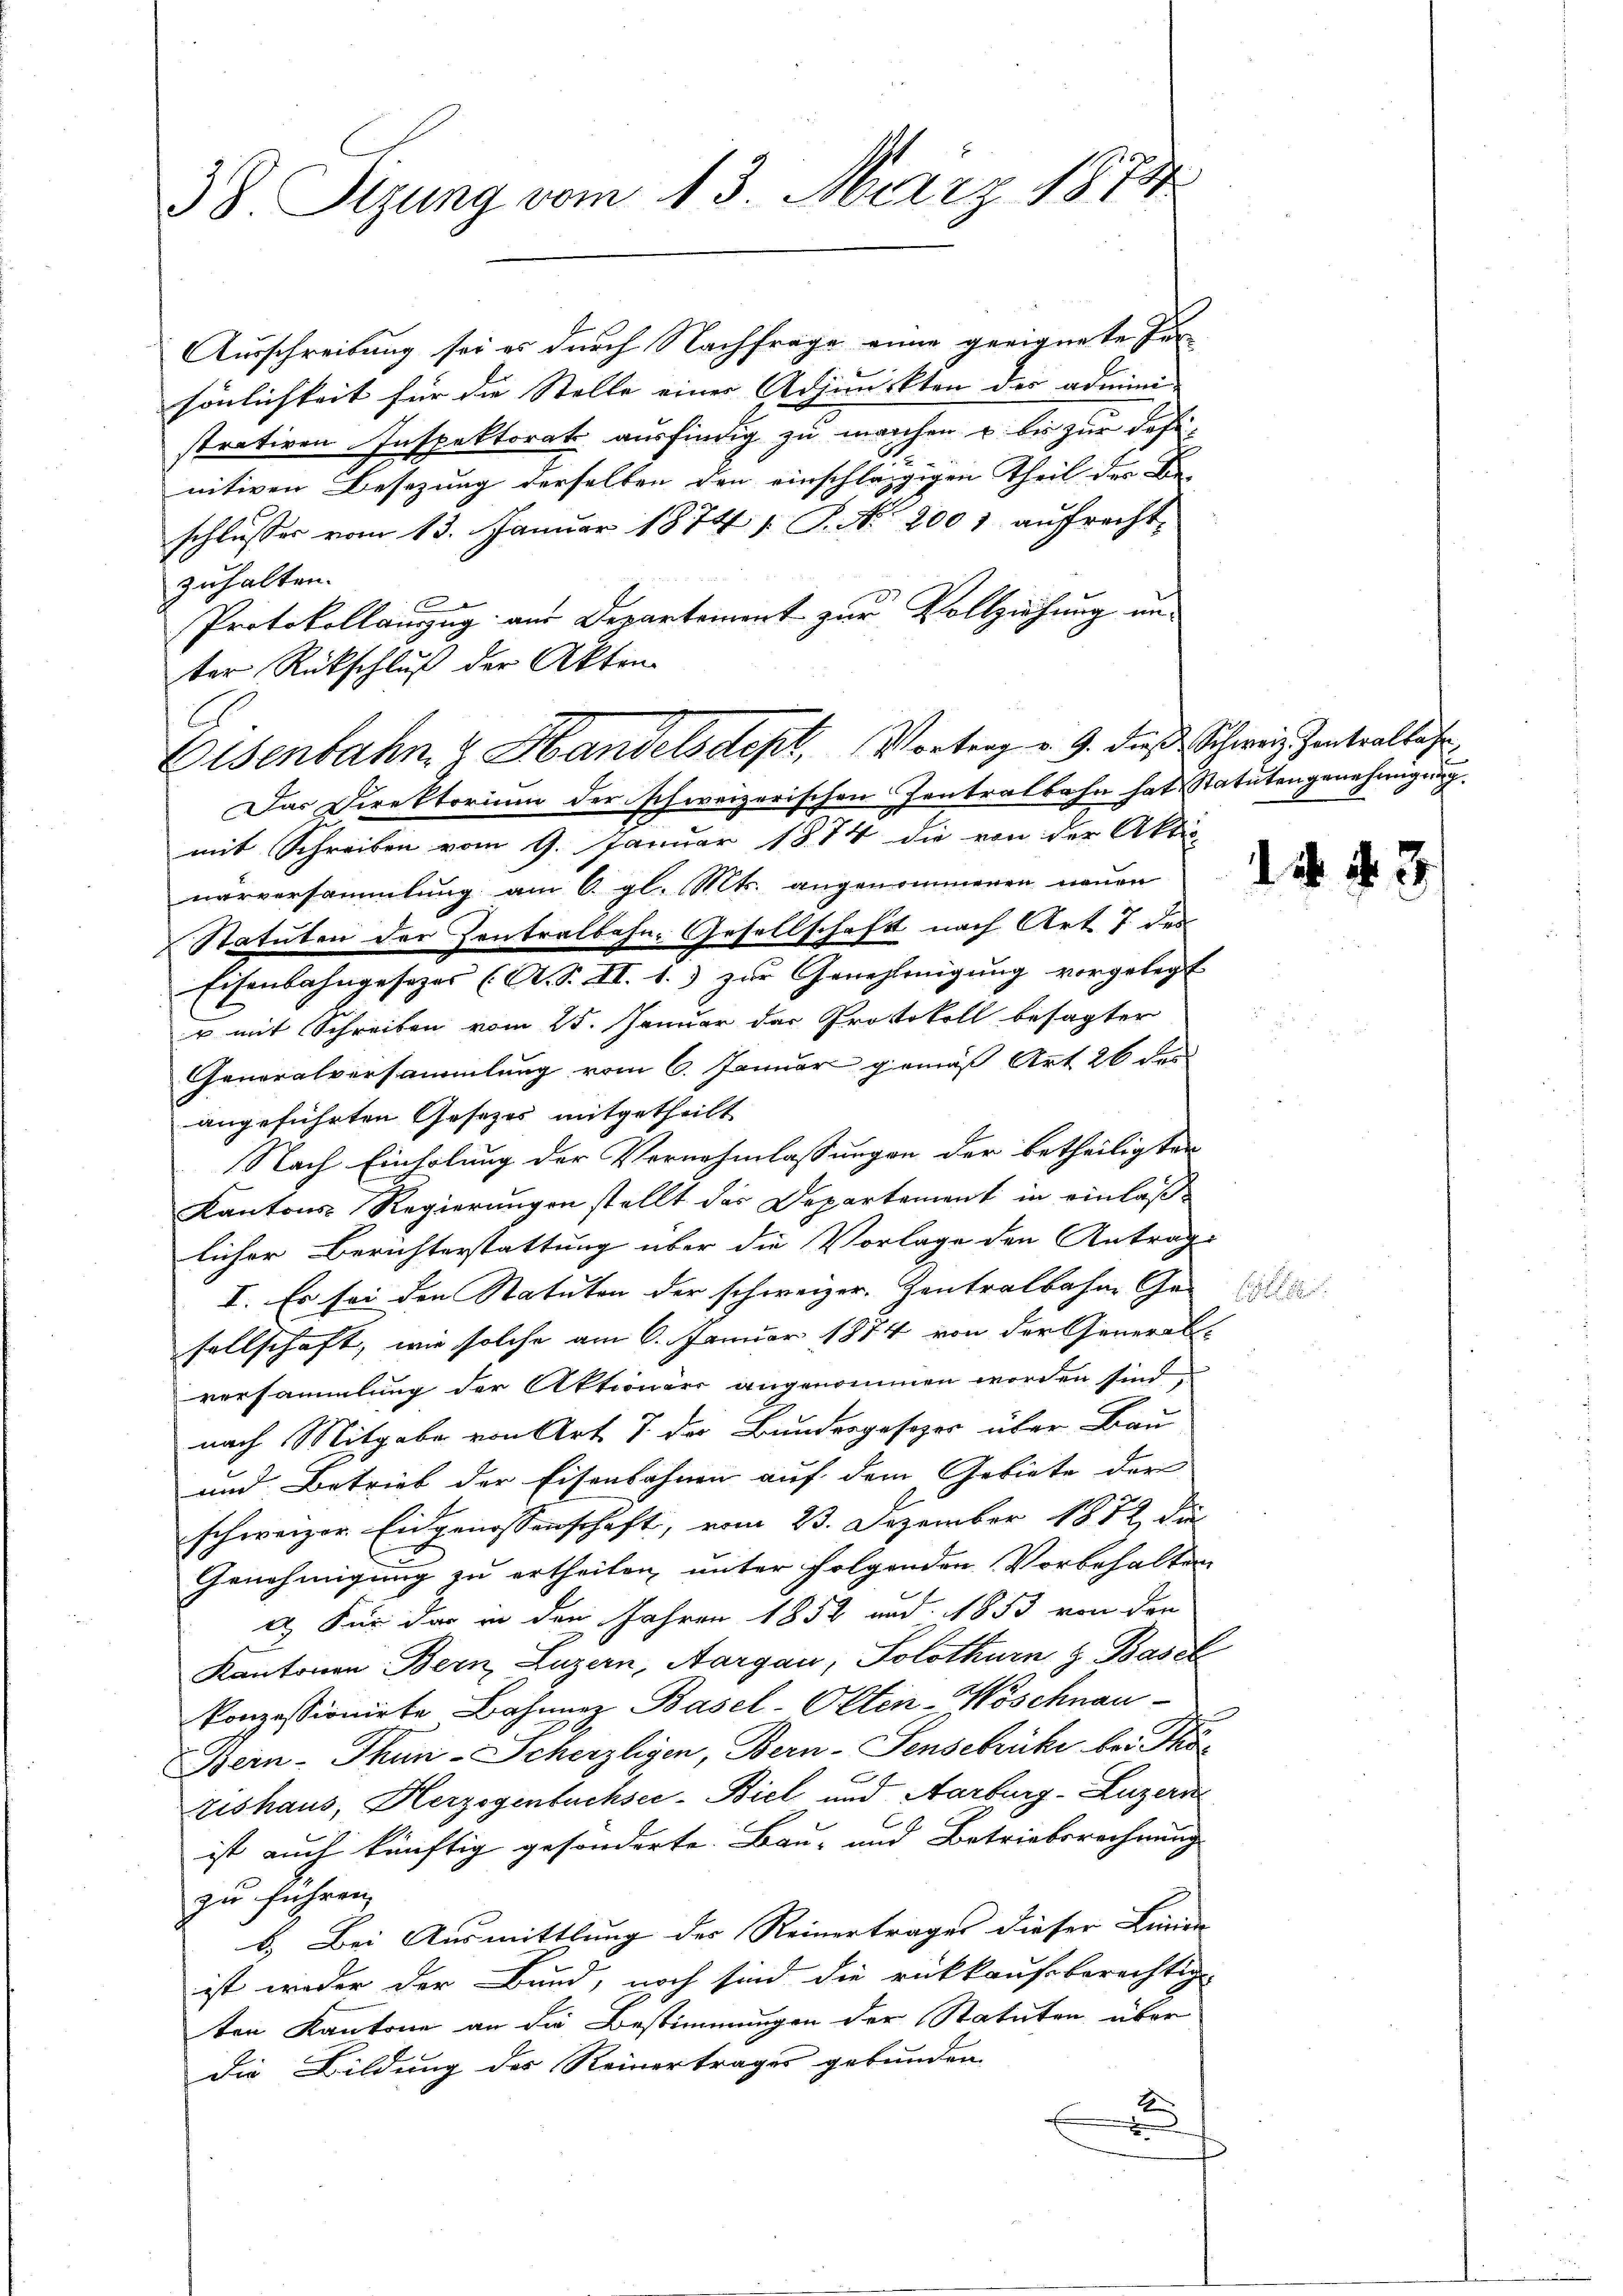
38 Sizung vom 13. März 1874

Ausschreibung sei es durch Nachfrage eine geeignete Fursönlichkeit für die Stelle einer Adjunckten der admini
strativen Inspektorats ausfindig zu machen u. bis zur definitiven Besezung derselben den einschlägigen Theil der Be-
schlusser vom 13. Januar 1874 / P. Nr. 2001 aŭfrecht-
zuhalten.
Protokollauszug aus Departement zur Vollziehung unter Rückschluß der Akten
Elsenbahn & Handelsdept, Vortrag v. 9. dieß Schweiz Zentralbah

Das Direktorium der schweizerischen Zentralbahn hat, Statutengenehmigung

mit Schreiben vom 9. Januar 1874 die von der Aktio
narversammlung am 6. gl. Mts. angenommenen neuen
Statuten der Zentralbahn-Gesellschaft nach Art. 7 des
Eisenbahngesezes (A. S. II. 1.) zur Genehmigung vorgelegt
u mit Schreiben vom 25. Januar das Protokoll besagter
Generalversammlung vom 6. Januar gemäß Art 26 des
angeführten Gesetzes mitgetheilt
Nach Einholung der Vornehmlassungen der betheiligter
Kantons Regierungen stellt der Departement in einlaßlicher Berichterstattung über die Vorlage den Anträge
I. Es sei den Statuten der schweizer Zentralbahne Ge-
sellschaft, wie solche am 6. Januar 1874 von der General-
versammlung der Aktionärs angenommen worden sind,
nach Mitgabe von Art. 7 der Bundesgesezes über Bau
und Betrieb der Eisenbahnen auf dem Gebiete der
schweizer Eidgenossenschaft, vom 23. Dezember 1882 die
Genehmigung zu ertheilen unter folgenden Vorbehalten
a. Für das in den Jahren 1852 und 1853 von den
Kantonen Bern, Luzern, Aargau, Solothurn z. Basel
konzessionirte Bahnenz Basel-Otten-Woschnau-
Gern- Thun-Scherzligen, Bern-Sensebrüke bei Thö¬
Zishaus, Herzogentuchsee-Biel und Aarburg-Luzern
ist auch künftig gesonderte Bau- und Betriebsrechnung
zu führen,
b.) Bei Ausmittlung der Reinertrages dieser Linien
ist weder der Bund, noch sind die rückkaufsberechtig
ten Kantone an die Bestimmungen der Statuten über
die Bildung des Reinertrages gebunden
E
u

14 § 3

1